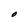
Character: O